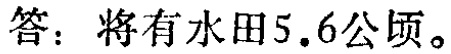
答：将有水田\(5.6\)公顷。